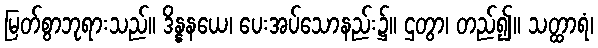
မြတ်စွာဘုရားသည်။ ဒိန္နနယေ၊ ပေးအပ်သောနည်း၌။ ဌတွာ၊ တည်၍။ သတ္ထာရံ၊